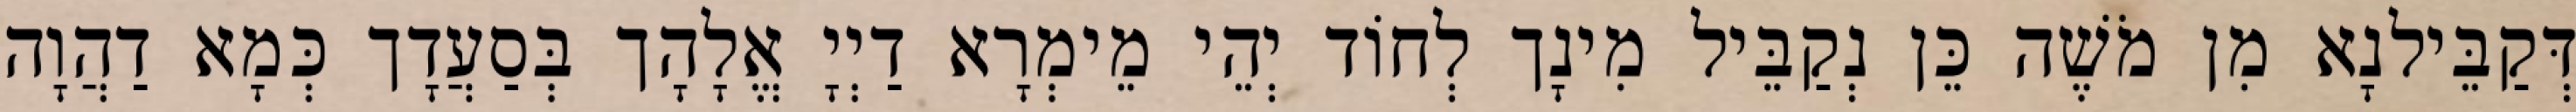
דְּקַבֵּילנָא מִן מֹשֶׁה כֵּן נְקַבֵּיל מִינָך לְחוֹד יְהֵי מֵימְרָא דַיְיָ אֱלָהָך בְּסַעֲדָך כְּמָא דַהֲוָה